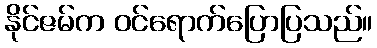
နိုင်ဇမ်က ဝင်ရောက်ပြောပြသည်။